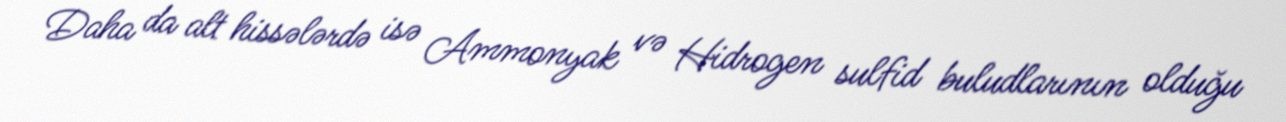
Daha da alt hissələrdə isə Ammonyak və Hidrogen sulfid buludlarının olduğu